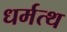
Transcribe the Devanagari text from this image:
धर्मत्थ